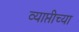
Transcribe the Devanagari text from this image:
व्याप्तीच्या